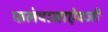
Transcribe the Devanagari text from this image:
फलंदाजाऐवजी